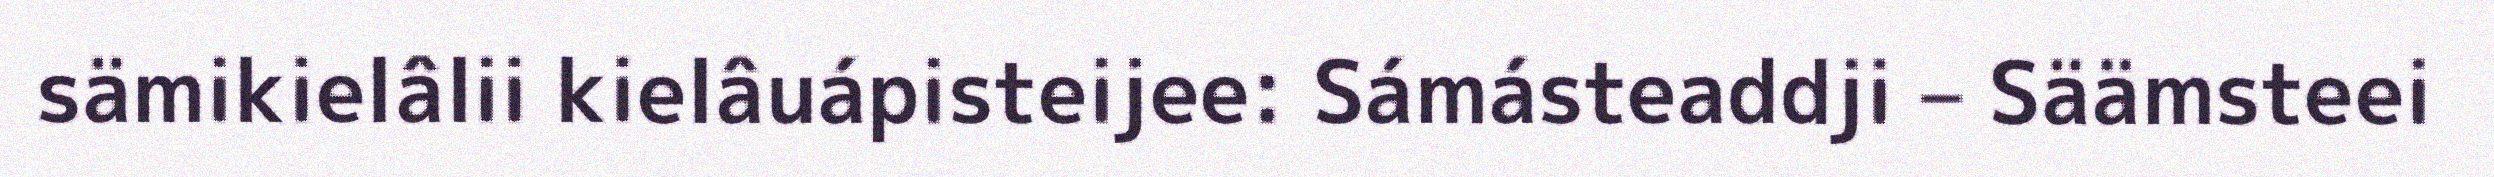
sämikielâlii kielâuápisteijee: Sámásteaddji – Säämsteei